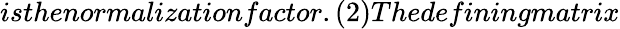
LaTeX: isthenormalizationfactor.(2)Thedefiningmatrix